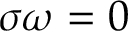
\sigma \omega = 0